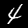
Digit: 4